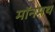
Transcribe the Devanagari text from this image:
मॉनमथ